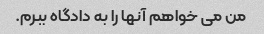
من می خواهم آنها را به دادگاه ببرم.